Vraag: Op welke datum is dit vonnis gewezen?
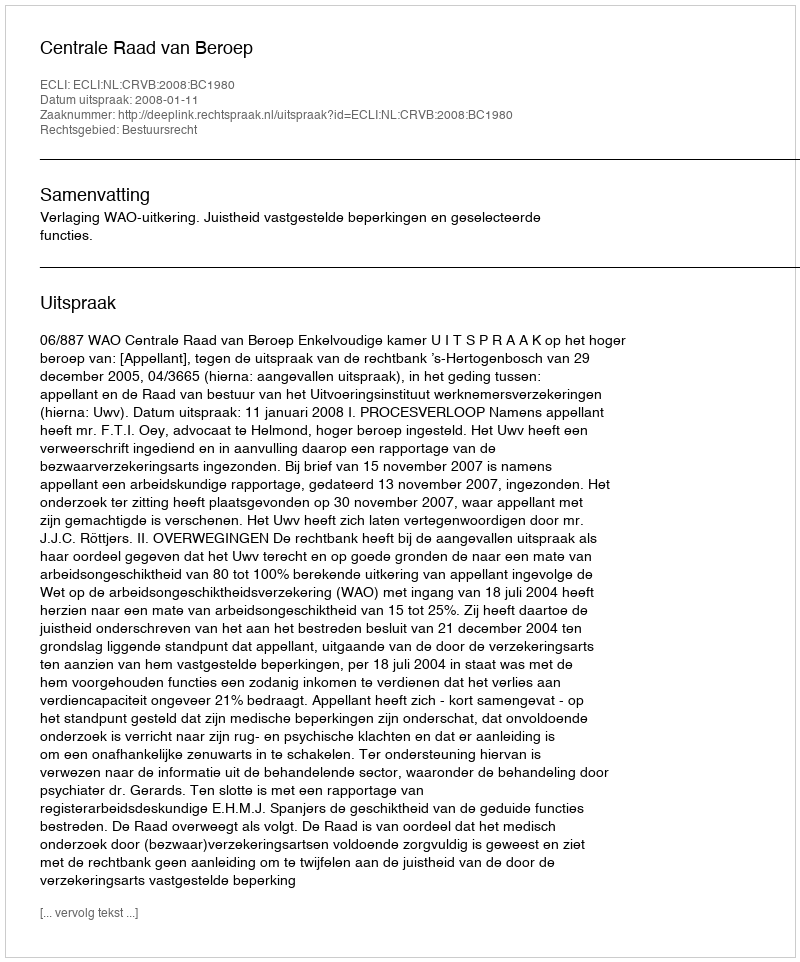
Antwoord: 2008-01-11